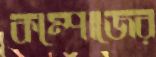
কম্পোজের